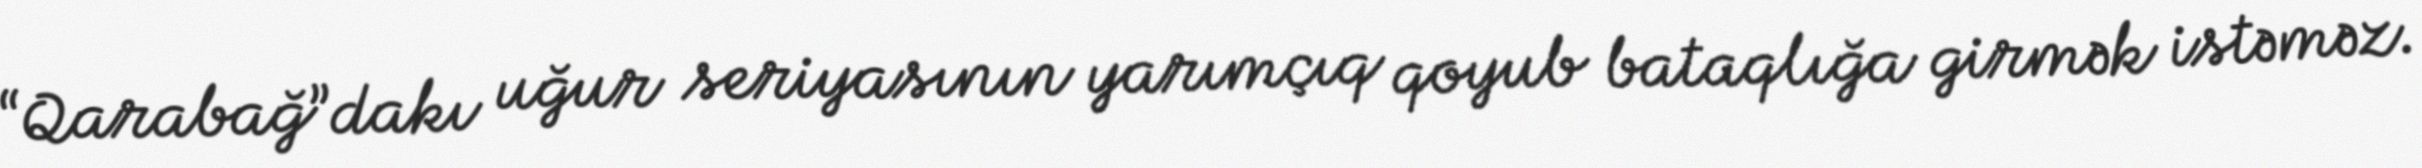
“Qarabağ”dakı uğur seriyasının yarımçıq qoyub bataqlığa girmək istəməz.